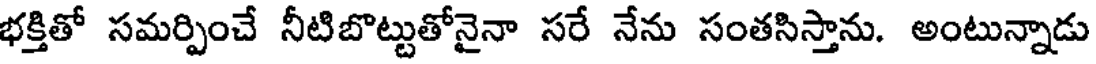
భక్తితో సమర్పించే నీటిబొట్టుతోనైనా సరే నేను సంతసిస్తాను. అంటున్నాడు